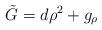
LaTeX: \begin{align*} \tilde {G} = d\rho^2 + g_\rho\end{align*}